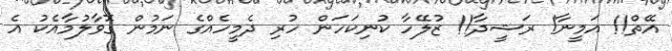
އޭތް!! އަމީނާ! ރަޝީދާ!! ޒުލޭހާ ކުނިކަހަން ހުރި ދެމީހެއްގެ ނަމުން ގޮވާލުމާއެކު އެ